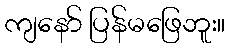
ကျနော် ပြန်မဖြေဘူး။